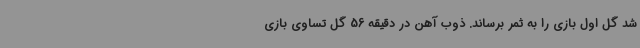
شد گل اول بازی را به ثمر برساند. ذوب آهن در دقیقه 56 گل تساوی بازی